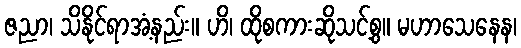
ဇညာ၊ သိနိုင်ရာအံ့နည်း။ ဟိ၊ ထိုစကားဆိုသင့်စွ။ မဟာသေနေန၊